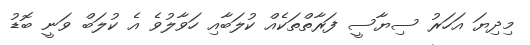
މިދިޔަ އަހަރު ސިޔާސީ ފަރާތްތަކެއް ކުލަބާއި ހަވާލުވެ އެ ކުލަބް ވަނީ ބޮޑު